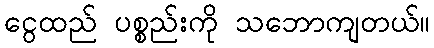
ငွေထည် ပစ္စည်းကို သဘောကျတယ်။